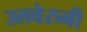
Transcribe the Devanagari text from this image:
उलवेरुनी